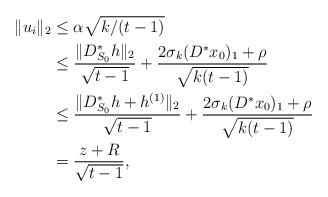
LaTeX: \begin{align*}\|u_i\|_2&\leq\alpha\sqrt{k/(t-1)} \\&\leq\frac{\|D^*_{S_0}h\|_2}{\sqrt{t-1}}+\frac{2\sigma_k(D^*x_0)_1+\rho}{\sqrt{k(t-1)}}\\&\leq\frac{\|D^*_{S_0}h+h^{(1)}\|_2}{\sqrt{t-1}}+\frac{2\sigma_k(D^*x_0)_1+\rho}{\sqrt{k(t-1)}}\\&=\frac{z+R}{\sqrt{t-1}},\end{align*}